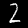
Digit: 2